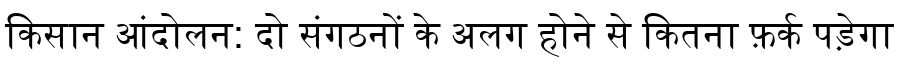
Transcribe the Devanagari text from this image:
किसान आंदोलन: दो संगठनों के अलग होने से कितना फ़र्क पड़ेगा